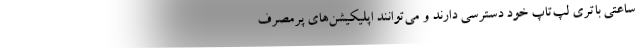
ساعتی باتری لپ‌تاپ خود دسترسی دارند و می‌توانند اپلیکیشن‌های پرمصرف